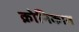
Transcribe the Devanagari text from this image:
क्रोनिकान